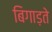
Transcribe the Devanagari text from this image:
बिगाड़ते